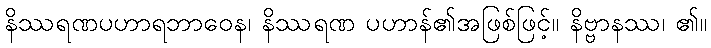
နိဿရဏပဟာရဘာဝေန၊ နိဿရဏ ပဟာန်၏အဖြစ်ဖြင့်။ နိဗ္ဗာနဿ၊ ၏။